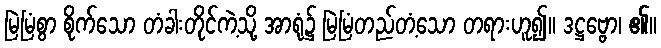
မြဲမြံစွာ စိုက်သော တံခါးတိုင်ကဲ့သို့ အာရုံ၌ မြဲမြံတည်တံ့သော တရားဟူ၍။ ဒဋ္ဌဗ္ဗော၊ ၏။